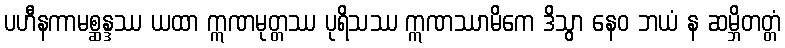
ပဟီနကာမစ္ဆန္ဒဿ ယထာ ဣဏမုတ္တဿ ပုရိသဿ ဣဏဿာမိကေ ဒိသွာ နေဝ ဘယံ န ဆမ္ဘိတတ္တံ